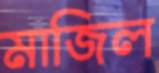
মাজিল